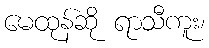
မေထုန်ဆို ရာသီကူး၊